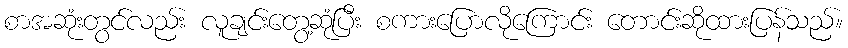
စာအဆုံးတွင်လည်း လူချင်းတွေ့ဆုံပြီး စကားပြောလိုကြောင်း တောင်းဆိုထားပြန်သည်။